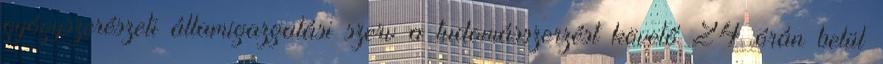
gyógyszerészeti államigazgatási szerv a tudomásszerzést követő 24 órán belül